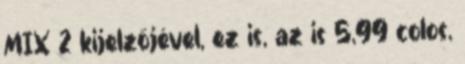
MIX 2 kijelzőjével, ez is, az is 5,99 colos,